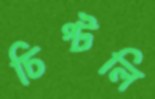
চিপ্‌টলি